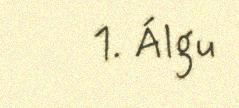
1. Álgu